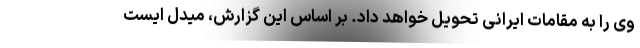
وی را به مقامات ایرانی تحویل خواهد داد. بر اساس این گزارش، میدل ایست